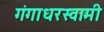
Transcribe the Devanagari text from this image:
गंगाधरस्वामी